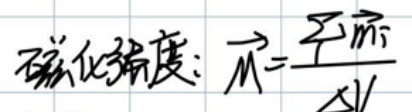
磁化强度：\(\overrightarrow{M}=\frac{\sum \overrightarrow{m}}{\Delta V}\)